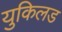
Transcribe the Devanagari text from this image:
युकिलड